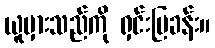
ယူမှားသည်ကို ရှင်းပြခန်း။